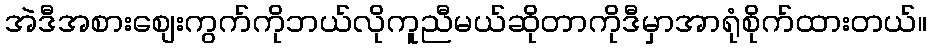
အဲဒီအစားစျေးကွက်ကိုဘယ်လိုကူညီမယ်ဆိုတာကိုဒီမှာအာရုံစိုက်ထားတယ်။